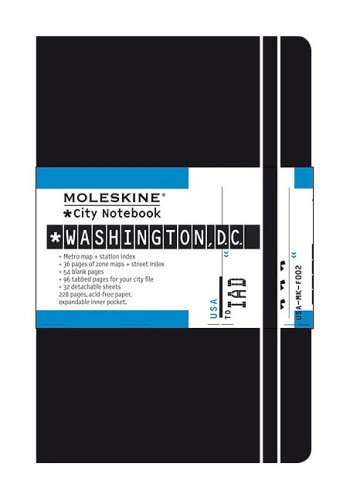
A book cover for Moleskine City Notebook Washington, D.C.; Moleskine; Travel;